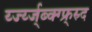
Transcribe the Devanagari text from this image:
र्य्ज्य्ज्ब्क्ग्फ्र्स्र्द